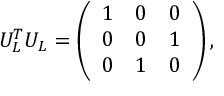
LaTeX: U _ { L } ^ { T } U _ { L } = \left( \begin{array} { l l l } { { 1 } } & { { 0 } } & { { 0 } } \\ { { 0 } } & { { 0 } } & { { 1 } } \\ { { 0 } } & { { 1 } } & { { 0 } } \end{array} \right) ,